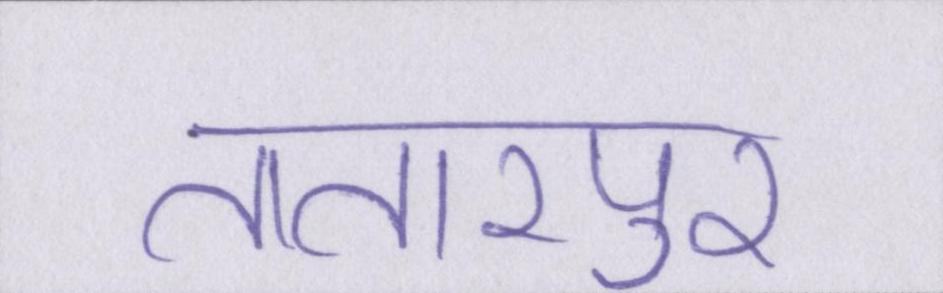
तातारपुर